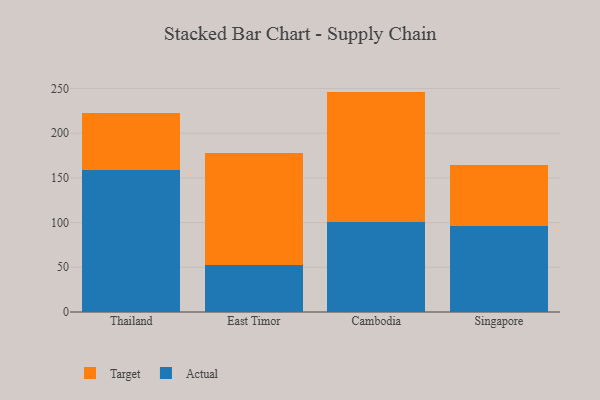
{"axis": {"x": "Country", "y": "Backlog"}, "legend": ["Actual", "Target"], "data": [{"x": "Thailand", "y": 158.7, "type": "Actual"}, {"x": "Thailand", "y": 63.6, "type": "Target"}, {"x": "East Timor", "y": 52.2, "type": "Actual"}, {"x": "East Timor", "y": 126.1, "type": "Target"}, {"x": "Cambodia", "y": 100.4, "type": "Actual"}, {"x": "Cambodia", "y": 146.1, "type": "Target"}, {"x": "Singapore", "y": 96.1, "type": "Actual"}, {"x": "Singapore", "y": 67.9, "type": "Target"}]}